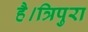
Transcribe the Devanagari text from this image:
है।त्रिपुरा